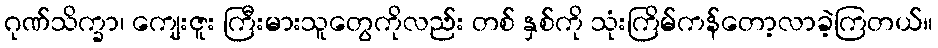
ဂုဏ်သိက္ခာ၊ ကျေးဇူး ကြီးမားသူတွေကိုလည်း တစ် နှစ်ကို သုံးကြိမ်ကန်တော့လာခဲ့ကြတယ်။